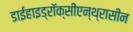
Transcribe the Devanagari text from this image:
डाईहाइड्रॉक्सीएन्थ्रासीन